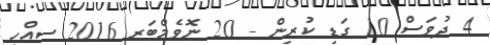
4 ދުވަސް 10 ގަޑި ކުރިން - 20 ނޮވެމްބަރ 2016 ސިއްހީ